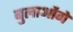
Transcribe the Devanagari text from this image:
बुलाओंगे